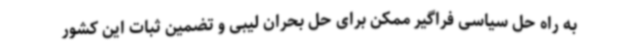
به راه حل سیاسی فراگیر ممکن برای حل بحران لیبی و تضمین ثبات این کشور